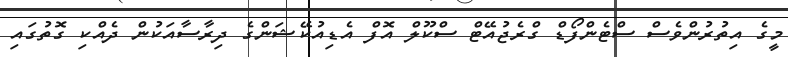
މީގެ އިތުރުންވެސް ސްޓެންފޯޑް ގްރެޖުއޭޓް ސްކޫލް އޮފް އެޑިއުކޭޝަންގެ ދިރާސާއަކުން ދެއްކި ގޮތުގައި